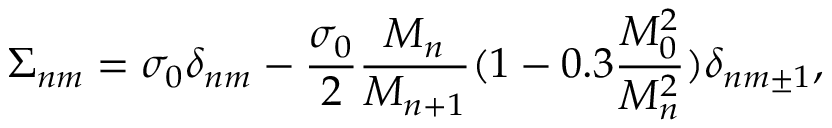
\Sigma _ { n m } = \sigma _ { 0 } \delta _ { n m } - \frac { \sigma _ { 0 } } { 2 } \frac { M _ { n } } { M _ { n + 1 } } ( 1 - 0 . 3 \frac { M _ { 0 } ^ { 2 } } { M _ { n } ^ { 2 } } ) \delta _ { n m \pm 1 } ,